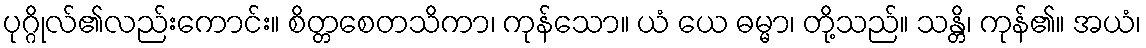
ပုဂ္ဂိုလ်၏လည်းကောင်း။ စိတ္တစေတသိကာ၊ ကုန်သော။ ယံ ယေ ဓမ္မာ၊ တို့သည်။ သန္တိ၊ ကုန်၏။ အယံ၊